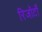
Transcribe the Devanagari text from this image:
रिजॉर्टों